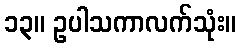
၁၃။ ဥပါသကာလက်သုံး။